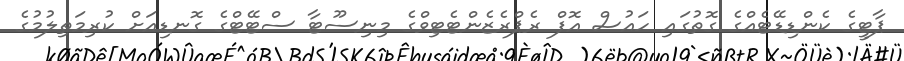
ޕާޓީގެ ކެންޑިޑޭޓެއްގެ ގޮތުގައި ހައުސް އޮފް ރެޕްރެޒެންޓެޓިވްގެ މިނިސޫޓާ ސްޓޭޓްގެ ގޮނޑިއަށް ކުރިމަތިލުމުގެ